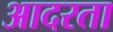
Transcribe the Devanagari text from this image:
आदरता